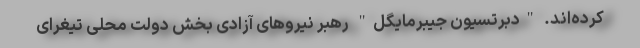
کرده‌اند. "دبرتسیون جیبرمایگل" رهبر نیروهای آزادی بخش دولت محلی تیغرای